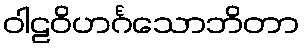
ဝါဠဝိဟင်္ဂသောဘိတာ